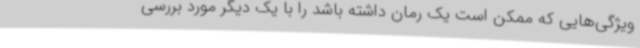
ویژگی‌هایی که ممکن است یک رمان داشته باشد را با یک دیگر مورد بررسی